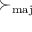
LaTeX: \succ _ { \mathrm { m a j } }